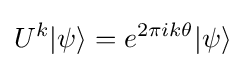
U^{k}|\psi \rangle =e^{2\pi ik\theta }|\psi \rangle